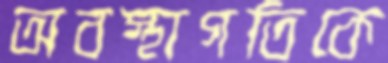
অবস্থাগতিকে